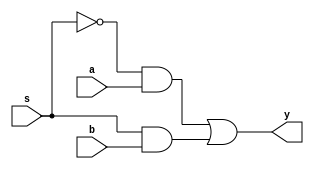
module mux2x1(a,b,s,y);
  input a,b,s;
  output y;
  wire sbar,o1,o2;
  not(sbar,s);
  and(o1,sbar,a);
  and(o2,s,b);
  or(y,o1,o2);
endmodule